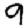
Digit: 9